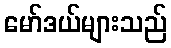
မော်ဒယ်များသည်